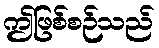
ဤဖြစ်စဉ်သည်